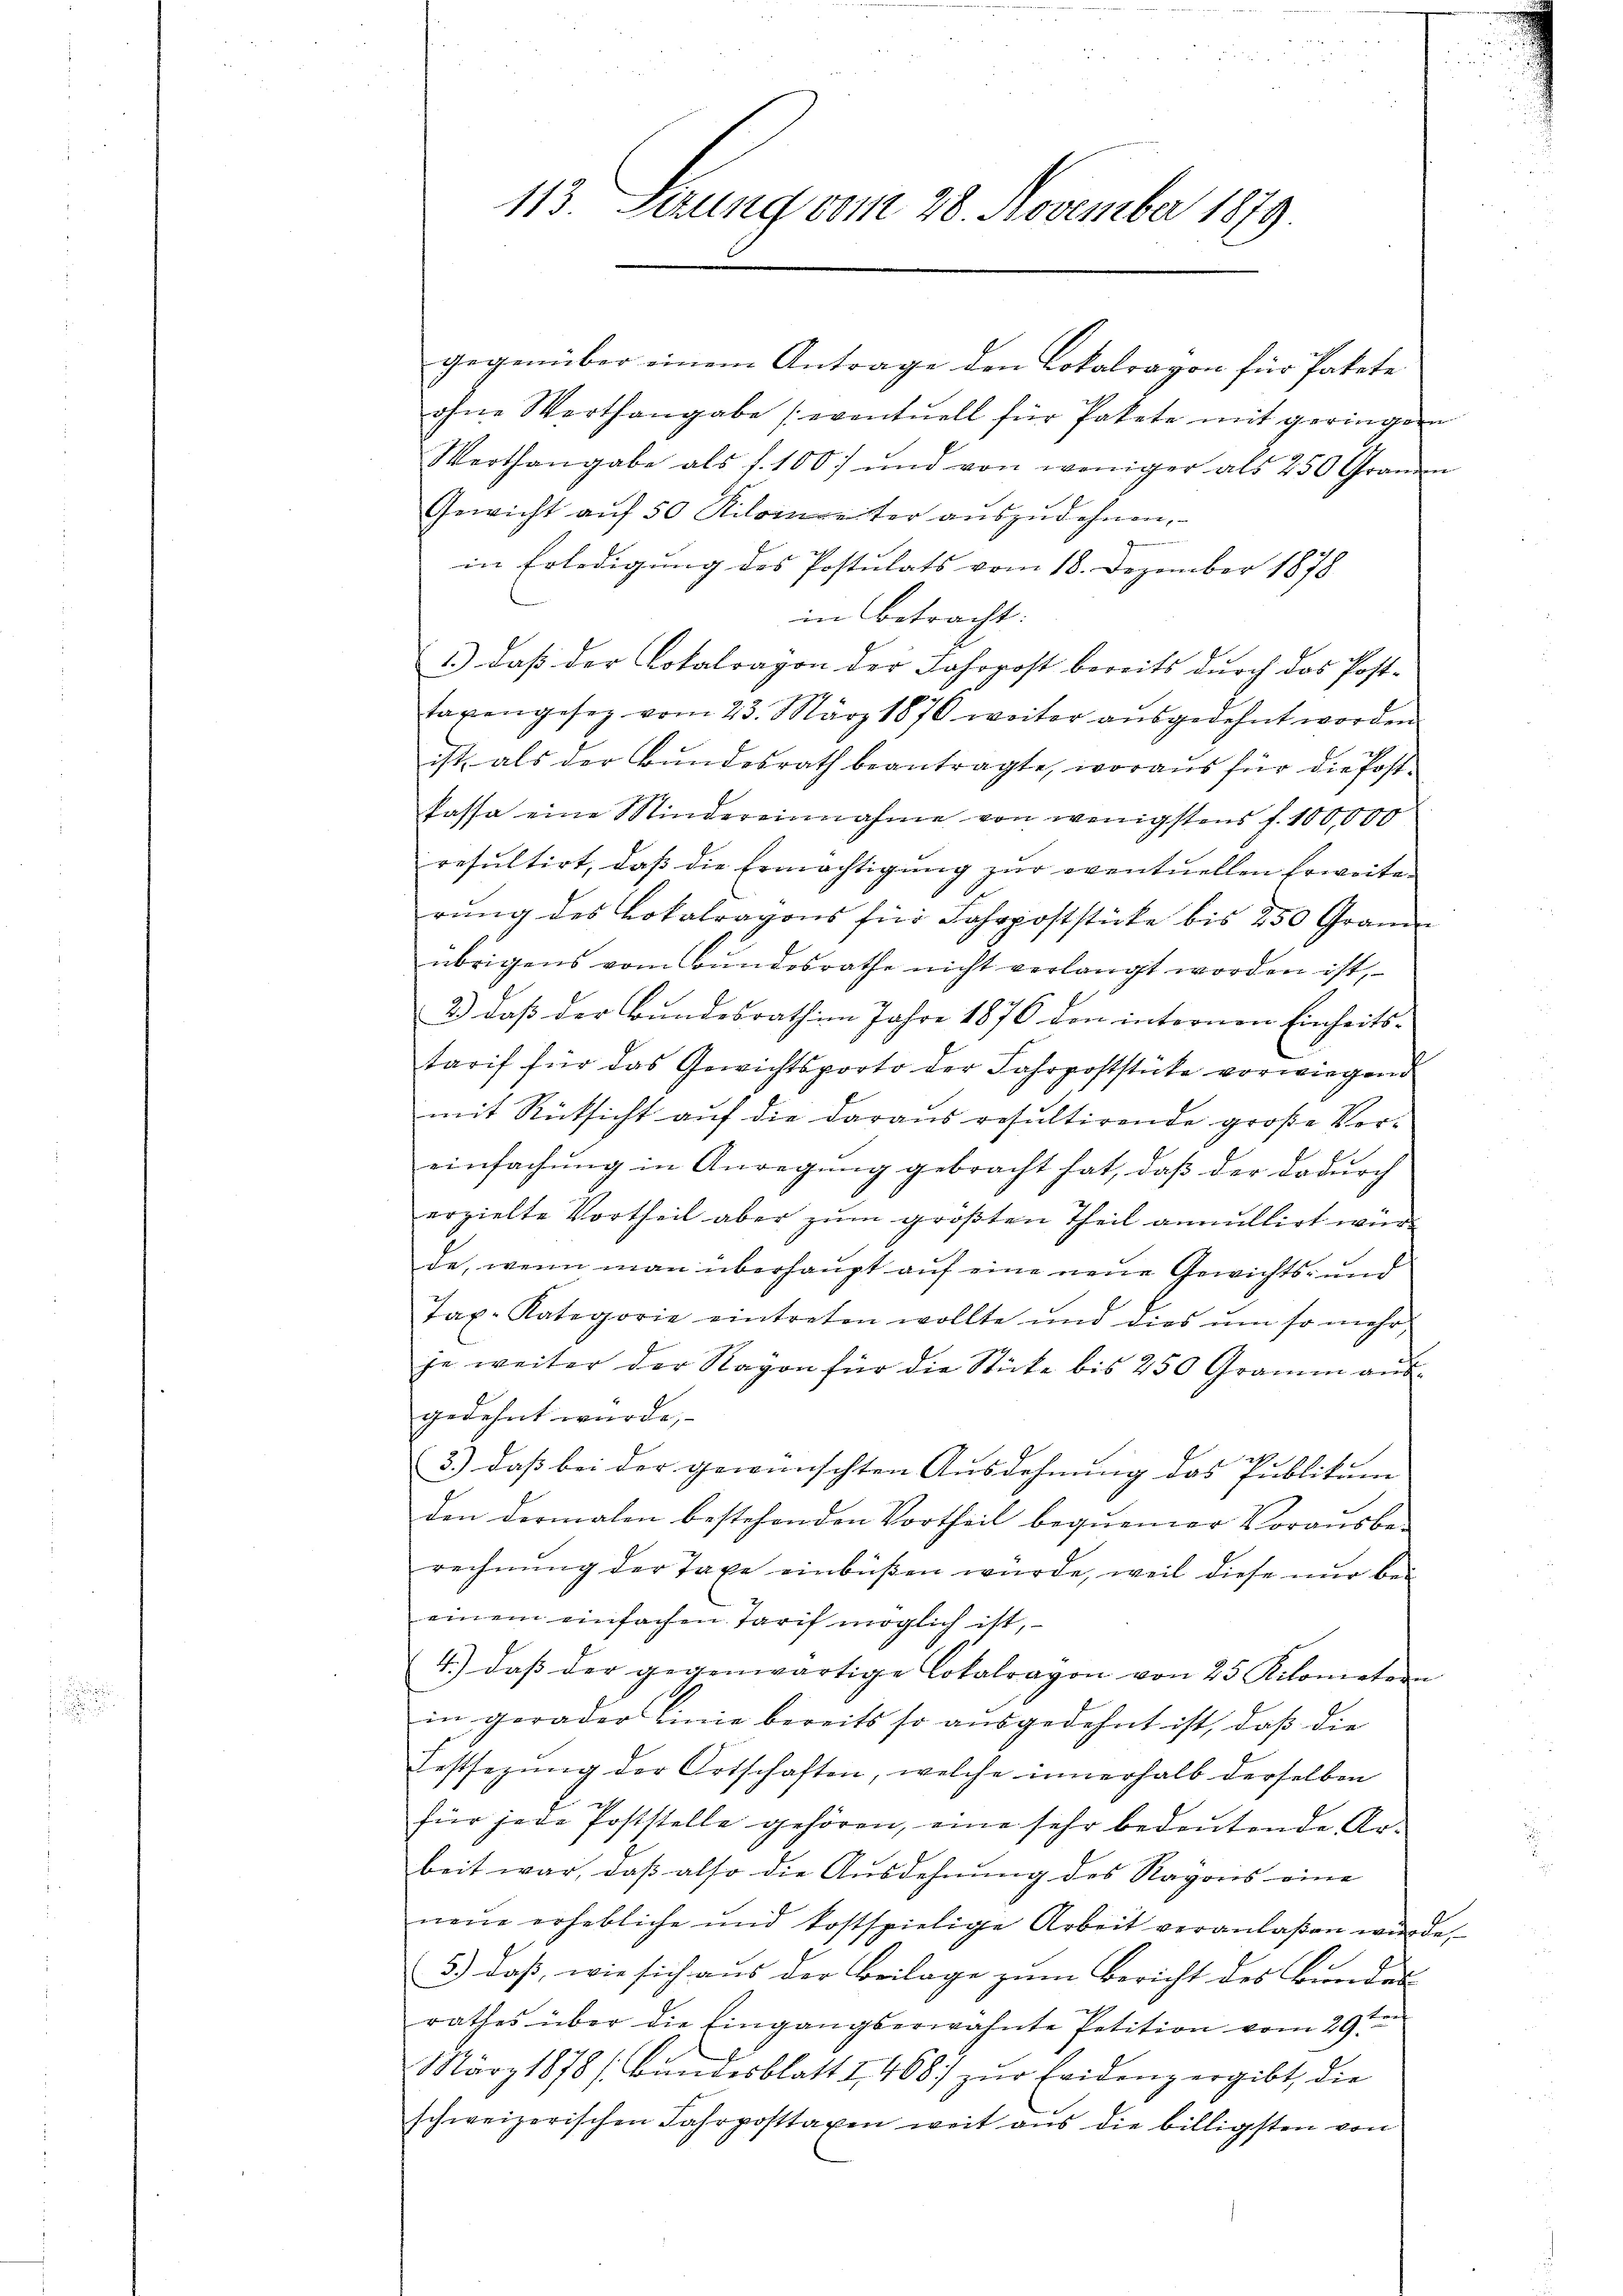
113. Seung vom 28. November 1879

gegenüber einem Antrage den Lokalragon für Pakete
ohne Werthangabe (eventuell für Pakete mit geringen
b
Werthangabe als s. 100 und von weniger als 450 Grauen
Gewicht aŭf 50 Kilometer aŭszŭdehnen,
2
in Erledigung des Postulats vom 18. Dezember 1878
in betracht:
1.) Daß der Lotalravon der Jahrpost bereits durch das Post-
taxengesez vom 23. März 1870 weiter aŭsgedehnt worden
ist, als der Bŭndesrath beantragte, woraus für die Post-
Passa eine Mindereinnahme von wenigstens f. 100,000
resultirt, daβ die Ermächtigŭng zŭr eventuellen Erweite
rung des Lokalragons für Fahrpoststücke bis 250 Granie
übrigens vom Bundesrathe nicht verlangt worden ist,
2.) daß der Bundesrath im Jahre 1876 den internen Einheits-
tarif für das Gewichtsproto der Fahrpoststücke vorwiegend
mit Rücksicht auf die daraus resultirende große Voreinfachung in Anregung gebracht hat, daß der dadurch
erzielte Vortheil aber zŭm größten Theil annullirt wür
de, wenn man überhaupt auf eine neue Gewichts- und
Tax. Kategorie eintreten wollte und dies ŭm so mehr
je weiter der Rayon für die Stücke bis 250 Gramm aŭs-
gedehnt wurde,
.
3.) daß bei der gewünschten Ausdehnung das Publikum
den dermalen bestehenden Vortheil bequemer Vorausbe-
rechnung der Taxe einbüßen würde, weil diese nur bei
einem einfachen Tarif möglich ist,
4.) daß der gegenwärtige Lokalravon von 25 Kilometen
in gerader Linie bereits so ausgedehnt ist, daß die
Festsezung der Ortschaften, welche innerhalb derselben
für jede Poststelle gehören, eine sehr bedeŭtende Arbeit war, daß also die Ausdehnung des Rayons eine
neŭe erhebliche und kostspielige Arbeit veranlaßen wŭrde,
3.) daß, wie sich aus der Beilage zum Bericht des Bunden
rathes über die Eingangserwähnte Petition vom 29ten
März 1878 (Bundesblatt 2, 408 zur Fridenz ergibt, die
schweizerischen Fahrposttaxen weit aus die billigsten von